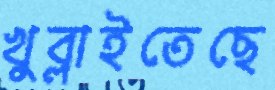
খুব্‌লাইতেছে